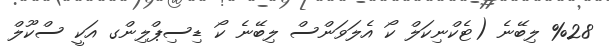
%28 ލިބޭނެ (ޓެކްނިކަލް ކޯ އެލަވަންސް ލިބޭނެ ކޯ ޑިސިޕްލިންގ އަކީ ސްކޫލް